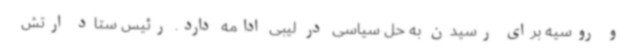
و روسیه برای رسیدن به حل سیاسی در لیبی ادامه دارد. رئیس ستاد ارتش